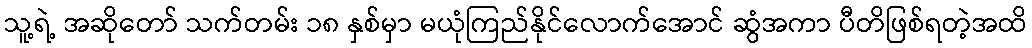
သူ့ရဲ့ အဆိုတော် သက်တမ်း ၁၈ နှစ်မှာ မယုံကြည်နိုင်လောက်အောင် ဆွံအကာ ပီတိဖြစ်ရတဲ့အထိ